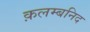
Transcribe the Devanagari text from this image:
क़लम्बनिद